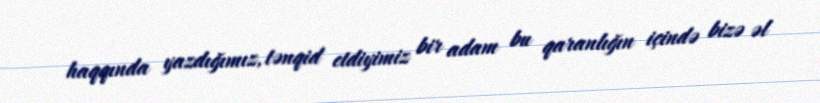
haqqında yazdığımız, tənqid etdiyimiz bir adam bu qaranlığın içində bizə əl